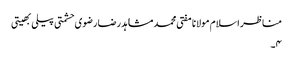
مناظر اسلام مولانا مفتی محمد مشاہد رضا رضوی حشمتی پیلی بھیتی
۴۔